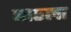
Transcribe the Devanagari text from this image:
बाठला